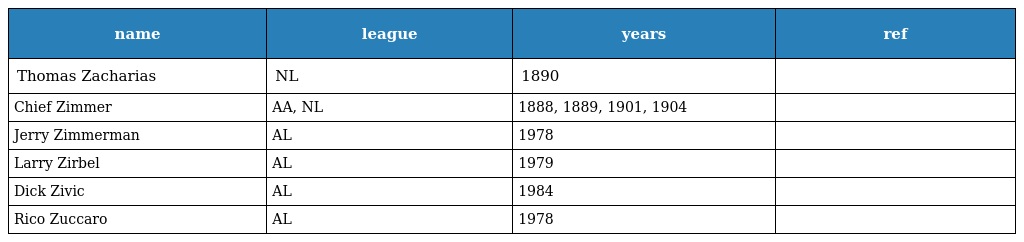
| name | league | years | ref |
 | --- | --- | --- | --- |
 | Thomas Zacharias | NL | 1890 |  |
 | Chief Zimmer | AA, NL | 1888, 1889, 1901, 1904 |  |
 | Jerry Zimmerman | AL | 1978 |  |
 | Larry Zirbel | AL | 1979 |  |
 | Dick Zivic | AL | 1984 |  |
 | Rico Zuccaro | AL | 1978 |  |